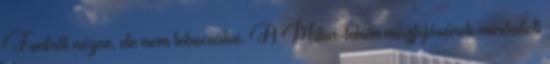
Fentről nézve, de nem lebecsülve. A Milka-tehén megfejésének minősített